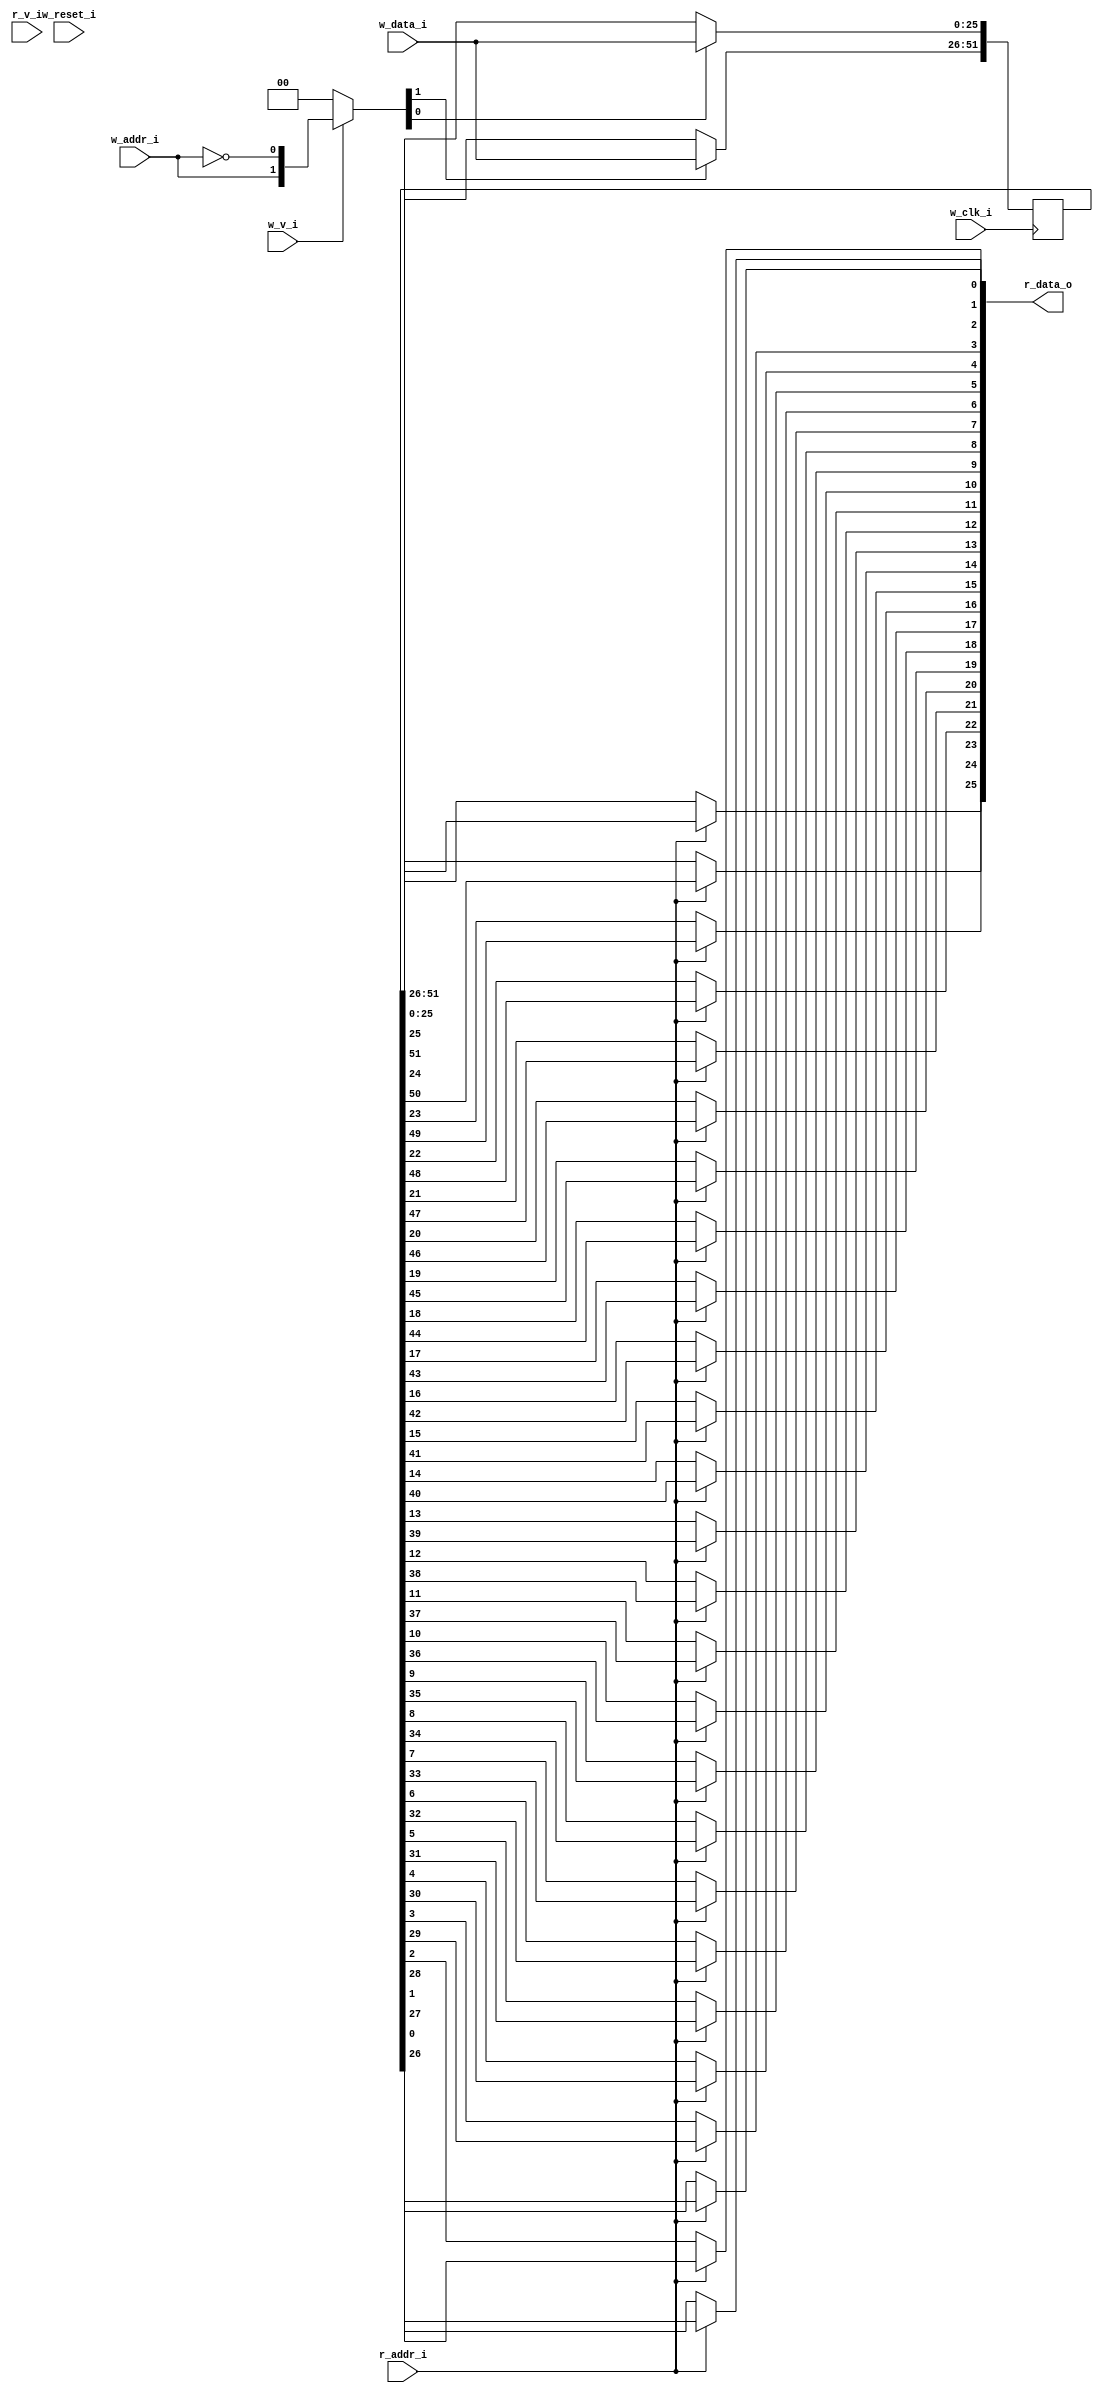
// This program was cloned from: https://github.com/NYU-MLDA/OpenABC
// License: BSD 3-Clause "New" or "Revised" License

module bsg_mem_1r1w_synth_width_p26_els_p2_read_write_same_addr_p0_harden_p0
(
  w_clk_i,
  w_reset_i,
  w_v_i,
  w_addr_i,
  w_data_i,
  r_v_i,
  r_addr_i,
  r_data_o
);

  input [0:0] w_addr_i;
  input [25:0] w_data_i;
  input [0:0] r_addr_i;
  output [25:0] r_data_o;
  input w_clk_i;
  input w_reset_i;
  input w_v_i;
  input r_v_i;
  wire [25:0] r_data_o;
  wire N0,N1,N2,N3,N4,N5,N7,N8;
  reg [51:0] mem;
  assign r_data_o[25] = (N3)? mem[25] :
                        (N0)? mem[51] : 1'b0;
  assign N0 = r_addr_i[0];
  assign r_data_o[24] = (N3)? mem[24] :
                        (N0)? mem[50] : 1'b0;
  assign r_data_o[23] = (N3)? mem[23] :
                        (N0)? mem[49] : 1'b0;
  assign r_data_o[22] = (N3)? mem[22] :
                        (N0)? mem[48] : 1'b0;
  assign r_data_o[21] = (N3)? mem[21] :
                        (N0)? mem[47] : 1'b0;
  assign r_data_o[20] = (N3)? mem[20] :
                        (N0)? mem[46] : 1'b0;
  assign r_data_o[19] = (N3)? mem[19] :
                        (N0)? mem[45] : 1'b0;
  assign r_data_o[18] = (N3)? mem[18] :
                        (N0)? mem[44] : 1'b0;
  assign r_data_o[17] = (N3)? mem[17] :
                        (N0)? mem[43] : 1'b0;
  assign r_data_o[16] = (N3)? mem[16] :
                        (N0)? mem[42] : 1'b0;
  assign r_data_o[15] = (N3)? mem[15] :
                        (N0)? mem[41] : 1'b0;
  assign r_data_o[14] = (N3)? mem[14] :
                        (N0)? mem[40] : 1'b0;
  assign r_data_o[13] = (N3)? mem[13] :
                        (N0)? mem[39] : 1'b0;
  assign r_data_o[12] = (N3)? mem[12] :
                        (N0)? mem[38] : 1'b0;
  assign r_data_o[11] = (N3)? mem[11] :
                        (N0)? mem[37] : 1'b0;
  assign r_data_o[10] = (N3)? mem[10] :
                        (N0)? mem[36] : 1'b0;
  assign r_data_o[9] = (N3)? mem[9] :
                       (N0)? mem[35] : 1'b0;
  assign r_data_o[8] = (N3)? mem[8] :
                       (N0)? mem[34] : 1'b0;
  assign r_data_o[7] = (N3)? mem[7] :
                       (N0)? mem[33] : 1'b0;
  assign r_data_o[6] = (N3)? mem[6] :
                       (N0)? mem[32] : 1'b0;
  assign r_data_o[5] = (N3)? mem[5] :
                       (N0)? mem[31] : 1'b0;
  assign r_data_o[4] = (N3)? mem[4] :
                       (N0)? mem[30] : 1'b0;
  assign r_data_o[3] = (N3)? mem[3] :
                       (N0)? mem[29] : 1'b0;
  assign r_data_o[2] = (N3)? mem[2] :
                       (N0)? mem[28] : 1'b0;
  assign r_data_o[1] = (N3)? mem[1] :
                       (N0)? mem[27] : 1'b0;
  assign r_data_o[0] = (N3)? mem[0] :
                       (N0)? mem[26] : 1'b0;
  assign N5 = ~w_addr_i[0];
  assign { N8, N7 } = (N1)? { w_addr_i[0:0], N5 } :
                      (N2)? { 1'b0, 1'b0 } : 1'b0;
  assign N1 = w_v_i;
  assign N2 = N4;
  assign N3 = ~r_addr_i[0];
  assign N4 = ~w_v_i;

  always @(posedge w_clk_i) begin
    if(N8) begin
      { mem[51:26] } <= { w_data_i[25:0] };
    end
    if(N7) begin
      { mem[25:0] } <= { w_data_i[25:0] };
    end
  end


endmodule